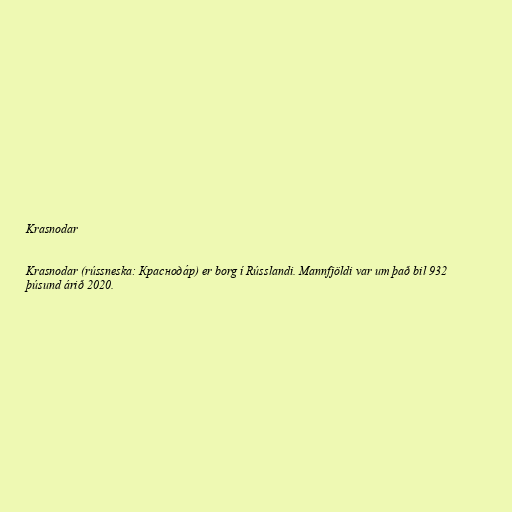
Krasnodar

Krasnodar (rússneska: Краснода́р) er borg í Rússlandi. Mannfjöldi var um það bil 932
þúsund árið 2020.